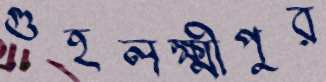
গুহলক্ষ্মীপুর